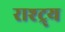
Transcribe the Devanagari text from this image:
राश्ट्र्य